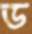
ড